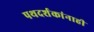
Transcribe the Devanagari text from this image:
पथदर्शकांनाही